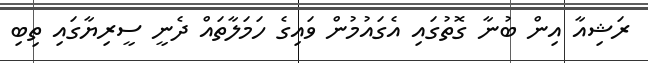
ރަޝިއާ އިން ބުނާ ގޮތުގައި އެގައުމުން ވައިގެ ހަމަލާތައް ދެނީ ސީރިޔާގައި ތިބި